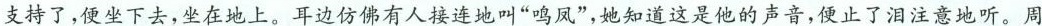
支持了，便坐下去，坐在地上。耳边仿佛有人接连地叫”鸣凤”，她知道这是他的声音，便止了泪注意地听。周